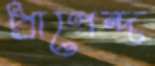
প্রাণেন্দ